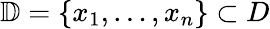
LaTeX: \mathbb{D}=\{ x_{1},\dots,x_{n}\} \subset D